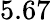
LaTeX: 5.67